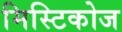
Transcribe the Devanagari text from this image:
मिस्टिकोज